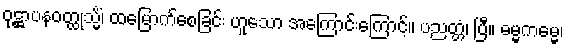
ဝုဋ္ဌာပနဝတ္ထုသ္မိံ၊ ထမြောက်စေခြင်း ဟူသော အကြောင်းကြောင့်။ ပညတ္တံ၊ ပြီ။ ဓမ္မကမ္မေ၊